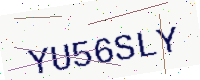
Text: YU56SLY